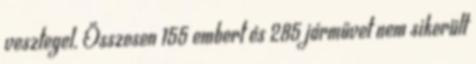
vesztegel. Összesen 155 embert és 285 járművet nem sikerült